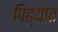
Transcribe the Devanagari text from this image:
पिढ्यांत